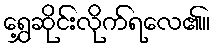
ရွှေ့ဆိုင်းလိုက်ရလေ၏။